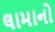
લામાનો